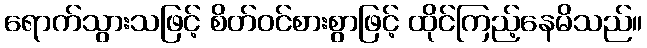
ရောက်သွားသဖြင့် စိတ်ဝင်စားစွာဖြင့် ထိုင်ကြည့်နေမိသည်။